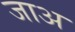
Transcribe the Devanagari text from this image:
जाअ